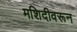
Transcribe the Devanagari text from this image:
मशिदीवरून